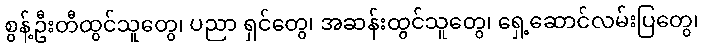
စွန့်ဦးတီထွင်သူတွေ၊ ပညာ ရှင်တွေ၊ အဆန်းထွင်သူတွေ၊ ရှေ့ဆောင်လမ်းပြတွေ၊